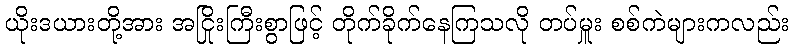
ယိုးဒယားတို့အား အငြိုးကြီးစွာဖြင့် တိုက်ခိုက်နေကြသလို တပ်မှူး စစ်ကဲများကလည်း